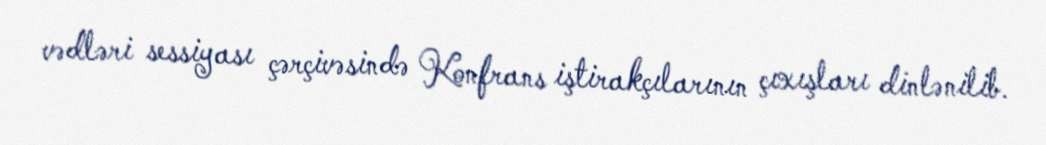
vədləri sessiyası çərçivəsində Konfrans iştirakçılarının çıxışları dinlənilib.